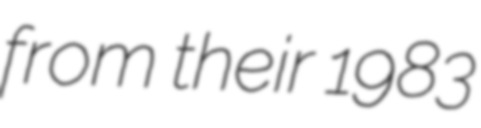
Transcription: from their 1983